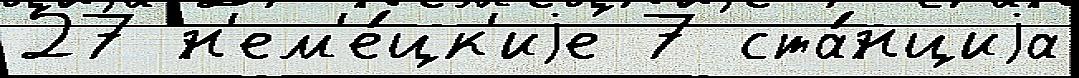
27 н'ем'е́цк'иjе 7 ста́нциjа